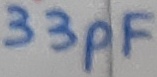
Text: 33pF